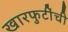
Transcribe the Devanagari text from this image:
खारफुटींची